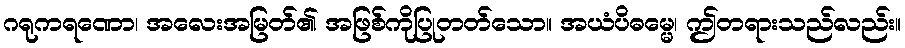
ဂရုကရဏော၊ အလေးအမြတ်၏ အဖြစ်ကိုပြုတတ်သော။ အယံပိဓမ္မေ၊ ဤတရားသည်လည်း။